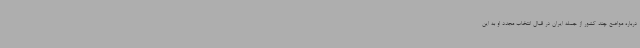
درباره مواضع چند کشور از جمله ایران در قبال انتخاب مجدد او به این